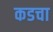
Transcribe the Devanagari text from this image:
कडचा